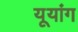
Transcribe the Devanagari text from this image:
यूयांग